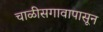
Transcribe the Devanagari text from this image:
चाळीसगावापासून